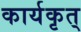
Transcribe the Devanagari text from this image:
कार्यकृत्